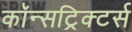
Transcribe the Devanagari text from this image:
कॉन्सट्रिक्टर्स